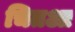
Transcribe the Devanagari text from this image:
चितआ